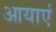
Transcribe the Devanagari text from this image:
आयाएं